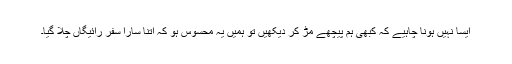
ایسا نہیں ہونا چاہیے کہ کبھی ہم پیچھے مُڑ کر دیکھیں تو ہمیں یہ محسُوس ہو کہ اتنا سارا سفر رائیگاں چلا گیا۔